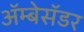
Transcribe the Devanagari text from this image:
अॅम्बेसॅडर